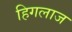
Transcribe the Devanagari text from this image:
हिगलाज